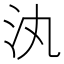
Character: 汍